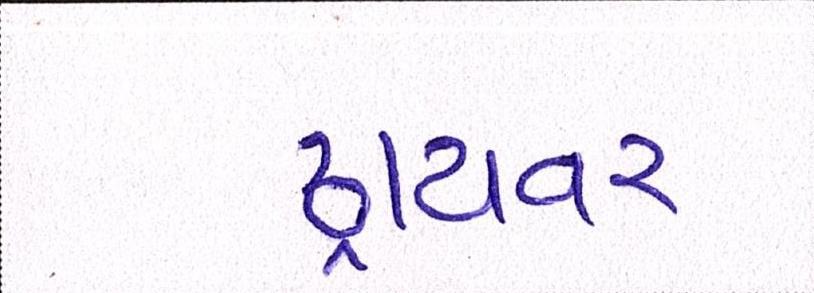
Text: ડ્રાયવર